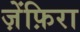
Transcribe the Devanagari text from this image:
ज़ेंफ़िरा